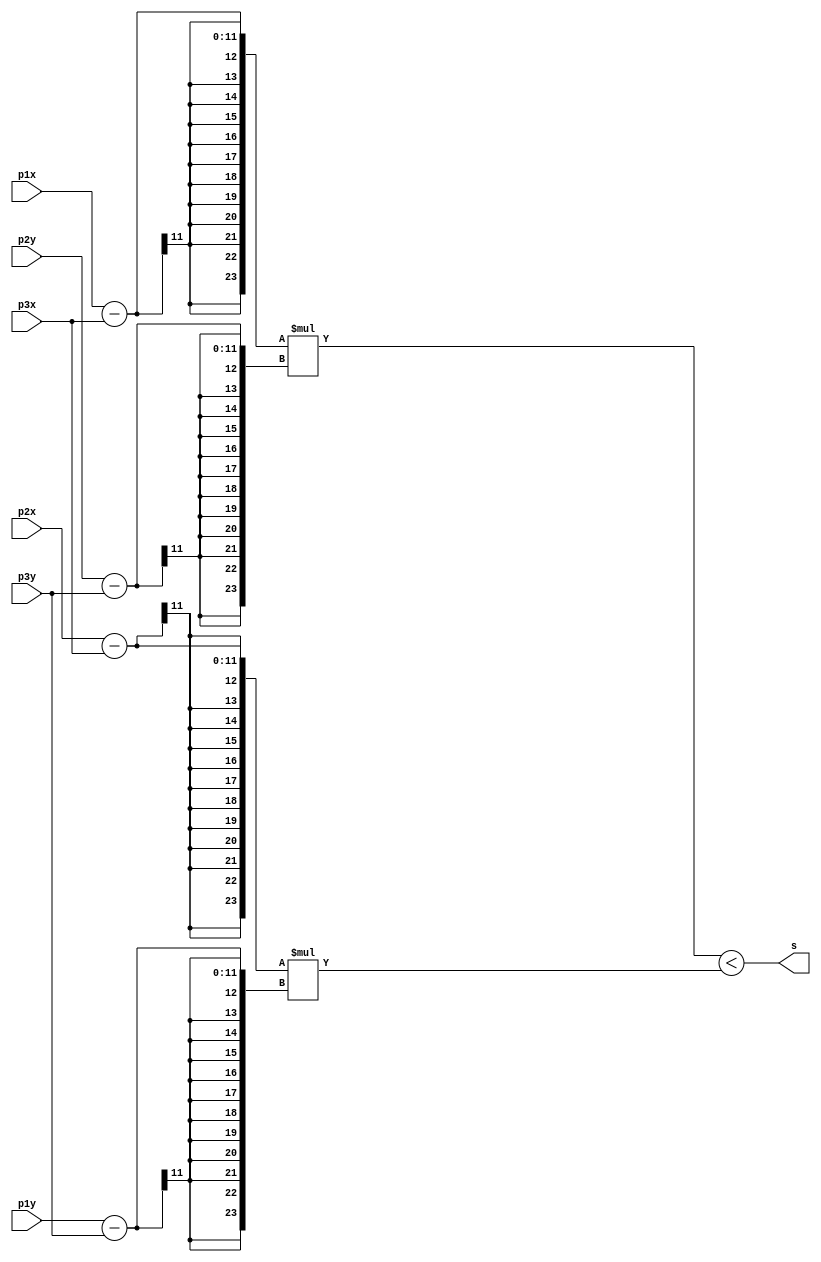
module sign(
  input [10:0] p1x,
  input [10:0] p1y,
  input [10:0] p2x,
  input [10:0] p2y,
  input [10:0] p3x,
  input [10:0] p3y,
  output s
);

  wire signed [23:0] mult1;
  wire signed [23:0] mult2;

  assign mult1 = (p1x - p3x) * (p2y - p3y);
  assign mult2 = (p2x - p3x) * (p1y - p3y);

  assign s = mult1 < mult2;

endmodule

module dentroTriang(
  input [10:0] ptx,
  input [10:0] pty,
  input [10:0] p1x,
  input [10:0] p1y,
  input [10:0] p2x,
  input [10:0] p2y,
  input [10:0] p3x,
  input [10:0] p3y,
  output s
);

  wire teste1, teste2, teste3;

  sign T1(ptx, pty, p1x, p1y, p2x, p2y, teste1);
  sign T2(ptx, pty, p2x, p2y, p3x, p3y, teste2);
  sign T3(ptx, pty, p3x, p3y, p1x, p1y, teste3);

  assign s = (teste1 == teste2) & (teste2 == teste3);

endmodule


module teste;
  reg signed [10:0] ptx;
  reg signed [10:0] pty;
  reg signed [10:0] p1x;
  reg signed [10:0] p1y;
  reg signed [10:0] p2x;
  reg signed [10:0] p2y;
  reg signed [10:0] p3x;
  reg signed [10:0] p3y;
  wire saida;

  dentroTriang T1(ptx, pty, p1x, p1y, p2x, p2y, p3x, p3y, saida);

  initial begin
    $dumpvars(0, T1);
    #1;
    // dados do triangulo
    p1x <= 11'b01100100000; // 800
    p1y <= 11'b01001011000; // 600
    p2x <= 11'b01100100000; // 800
    p2y <= 11'b00100101100; // 300
    p3x <= 11'b00110010000; // 400
    p3y <= 11'b01001011000; // 600
    #20;
    ptx <= 11'b00111011011;
    pty <= 11'b00111000010;
    #40;
    ptx <= 11'b01001001001;
    pty <= 11'b00111010110;
    #500;
    $finish;
  end

endmodule